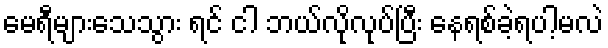
မေရီများသေသွား ရင် ငါ ဘယ်လိုလုပ်ပြီး နေရစ်ခဲ့ရပါ့မလဲ